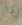
إذا